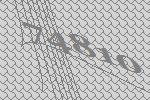
74810